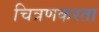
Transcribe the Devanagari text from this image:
चित्रणकरता